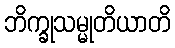
ဘိက္ခုသမ္မုတိယာတိ